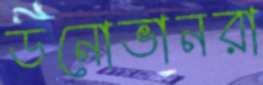
ডনোভানরা